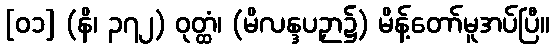
[၀၁] (နိ၊ ၃၇၂) ဝုတ္ထံ၊ (မိလန္ဒပဉှာ၌) မိန့်တော်မူအပ်ပြီ။